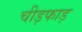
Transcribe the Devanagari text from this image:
चीड़फाड़